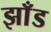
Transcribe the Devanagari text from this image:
झाँड